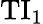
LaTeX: \mathrm{TI}_{1}